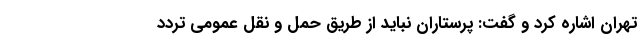
تهران اشاره کرد و گفت: پرستاران نباید از طریق حمل و نقل عمومی تردد